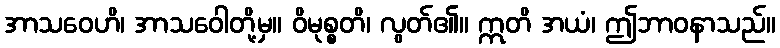
အာသဝေဟိ၊ အာသဝေါတို့မှ။ ဝိမုစ္စတိ၊ လွတ်၏။ ဣတိ အယံ၊ ဤဘာဝနာသည်။